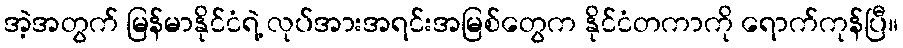
အဲ့အတွက် မြန်မာနိုင်ငံရဲ့ လုပ်အားအရင်းအမြစ်တွေက နိုင်ငံတကာကို ရောက်ကုန်ပြီ။